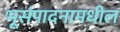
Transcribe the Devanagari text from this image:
भूसंपादनामधील